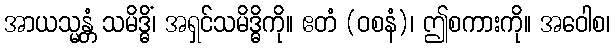
အာယသ္မန္တံ သမိဒ္ဓိံ၊ အရှင်သမိဒ္ဓိကို။ ဧတံ (ဝစနံ)၊ ဤစကားကို။ အဝေါစ၊